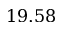
1 9 . 5 8